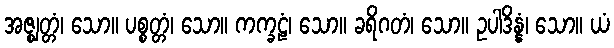
အဇ္ဈတ္တံ၊ သော။ ပစ္စတ္တံ၊ သော။ ကက္ခဠံ၊ သော။ ခရိဂတံ၊ သော။ ဥပါဒိန္နံ၊ သော။ ယံ